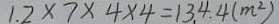
1 . 2 \times 7 \times 4 \times 4 = 1 3 4 . 4 ( m ^ { 2 } )